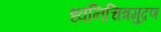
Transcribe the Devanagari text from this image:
ध्वनिचित्रमुद्रण